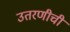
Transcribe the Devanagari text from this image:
उतरणीची